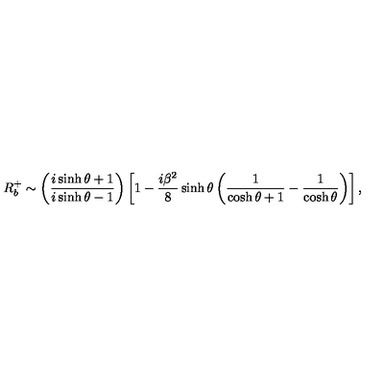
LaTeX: R _ { b } ^ { + } \sim \left( \frac { i \sinh \theta + 1 } { i \sinh \theta - 1 } \right) \left[ 1 - \frac { i \beta ^ { 2 } } { 8 } \sinh \theta \left( \frac { 1 } { \cosh \theta + 1 } - \frac { 1 } { \cosh \theta } \right) \right] ,